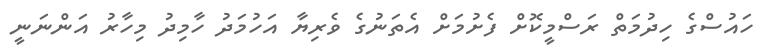
ހައުސްގެ ހިދުމަތް ރަސްމީކޮށް ފެށުމަށް އެތަނުގެ ވެރިޔާ އަހުމަދު ހާމިދު މިހާރު އަންނަނީ